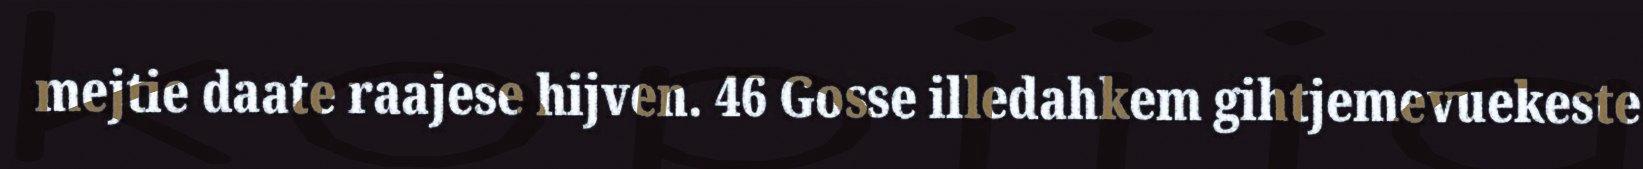
mejtie daate raajese hijven. 46 Gosse illedahkem gihtjemevuekeste